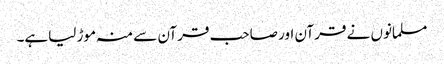
مسلمانوں نے قرآن اور صاحب قرآن سے منہ موڑ لیاہے۔